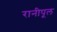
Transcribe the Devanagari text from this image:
रानीपूल